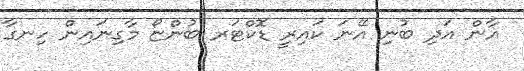
އާން އަދި ބުނި އޭނަ ކައިރީ ޑޮކްޓަރ ބުންޏޯ މާގިނައިން ހިނގާ